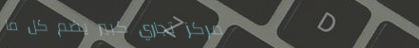
مركز تجاري كبير يضم كل ما